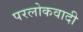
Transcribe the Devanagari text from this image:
परलोकवादी